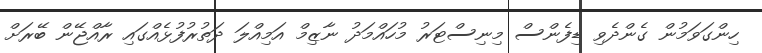
ހިންގަވަމުން ގެންދެވި ޑިފެންސް މިނިސްޓަރު މުހައްމަދު ނާޒިމް އަމިއްލަ ދަތުރުފުޅެއްގައި ރާއްޖޭން ބޭރަށް